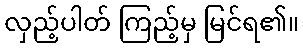
လှည့်ပါတ် ကြည့်မှ မြင်ရ၏။